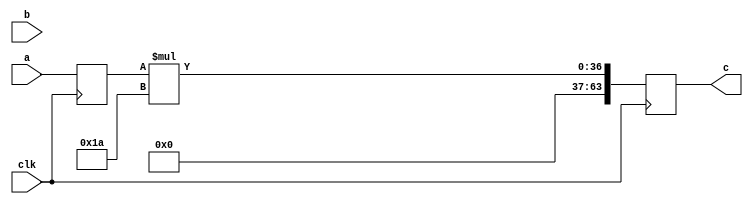
// Simple verilog file to check whether a constant will infer a DSP
//
// To compile with Quartus run:
//      make p
//      make f
module de4(clk, a, b, c);

input wire clk;
input wire [31:0] a, b;
//output wire [31:0] c;
output wire [63:0] c;

reg [31:0] a_r, b_r;
reg [63:0] c_r;


always @(posedge clk)
begin
    a_r <= a;
    b_r <= b;
    //c_r <= a_r * b_r;
    //c_r <= a_r * 32;
    c_r <= a_r * 26;
end

assign c = c_r;
//assign c = a * b;

endmodule